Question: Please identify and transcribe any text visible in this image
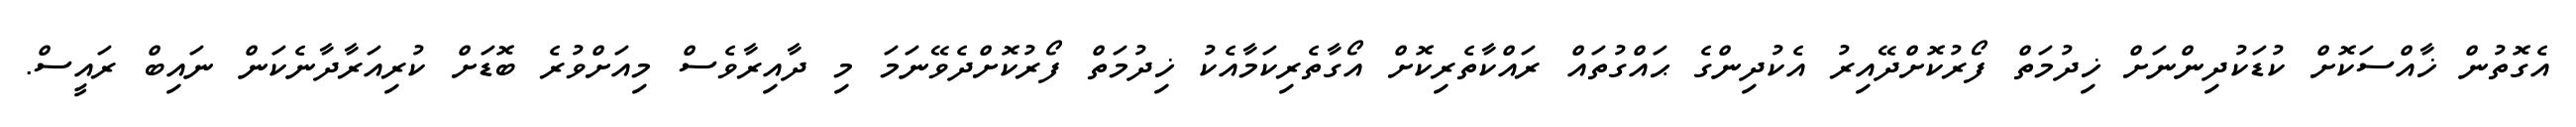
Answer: އެގޮތުން ޚާއްސަކޮށް ކުޑަކުދިންނަށް ޚިދުމަތް ފޯރުކޮށްދޭއިރު އެކުދިންގެ ޙައްގުތައް ރައްކާތެރިކޮށް އޯގާތެރިކަމާއެކު ޚިދުމަތް ފޯރުކޮށްދެވޭނަމަ މި ދާއިރާވެސް މިއަށްވުރެ ބޮޑަށް ކުރިއަރާދާނެކަން ނައިބް ރައީސް.